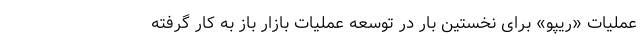
عملیات «ریپو» برای نخستین بار در توسعه عملیات بازار باز به ‌کار گرفته